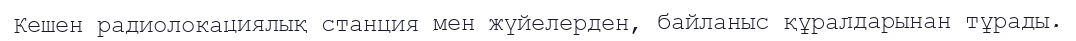
Кешен радиолокациялық станция мен жүйелерден, байланыс құралдарынан тұрады.